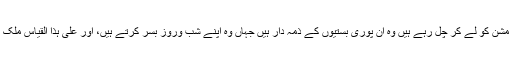
جو لوگ اس مشن کو لے کر چل رہے ہیں وہ اُن پوری بستیوں کے ذمہ دار ہیں جہاں وہ اپنے شب وروز بسر کرتے ہیں، اور علیٰ ہذا القیاس ملک اور قوم کے۔